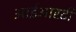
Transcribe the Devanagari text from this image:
आईआरटी